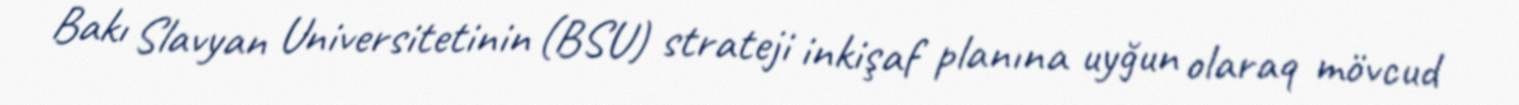
Bakı Slavyan Universitetinin (BSU) strateji inkişaf planına uyğun olaraq mövcud